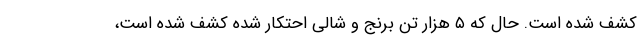
کشف شده است. حال که ۵ هزار تن برنج و شالی احتکار شده کشف شده است،